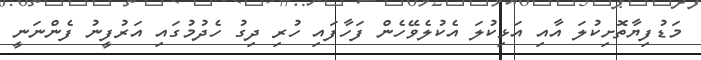
މަޑުފިޔާތޮށިކުލަ އާއި އަޅިކުލަ އެކުލެވޭހެން ފަހާފައި ހުރި ދިގު ހެދުމުގައި އަރުފީނު ފެންނަނީ